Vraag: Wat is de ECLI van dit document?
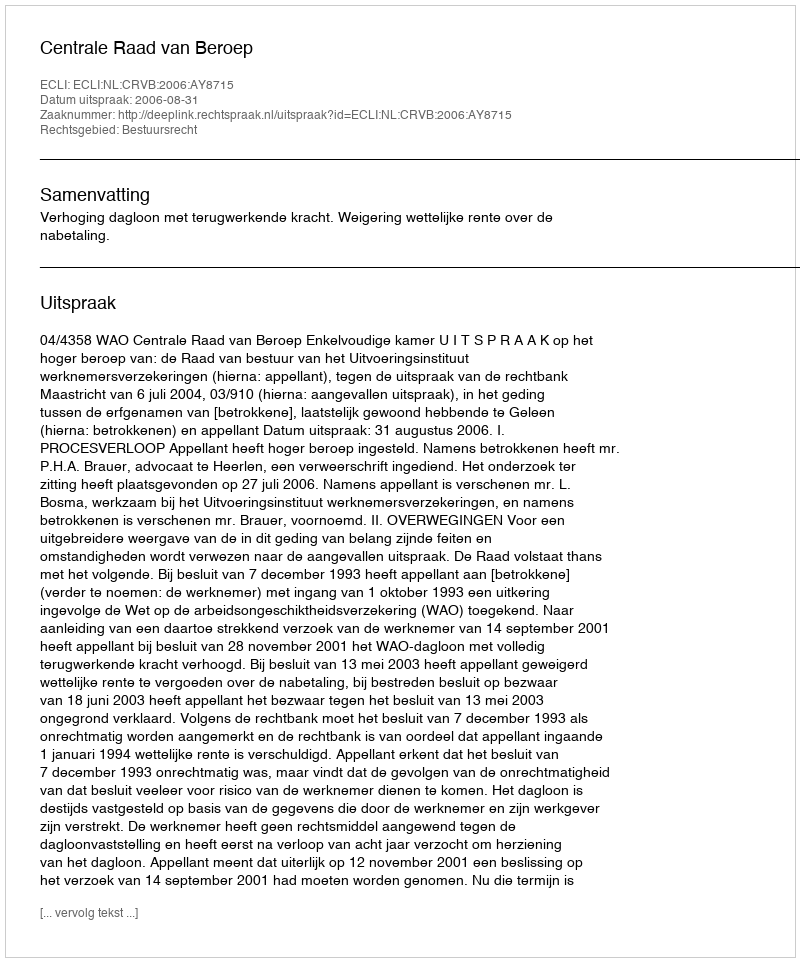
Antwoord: ECLI:NL:CRVB:2006:AY8715